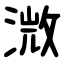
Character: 溦